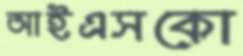
আইএসকো